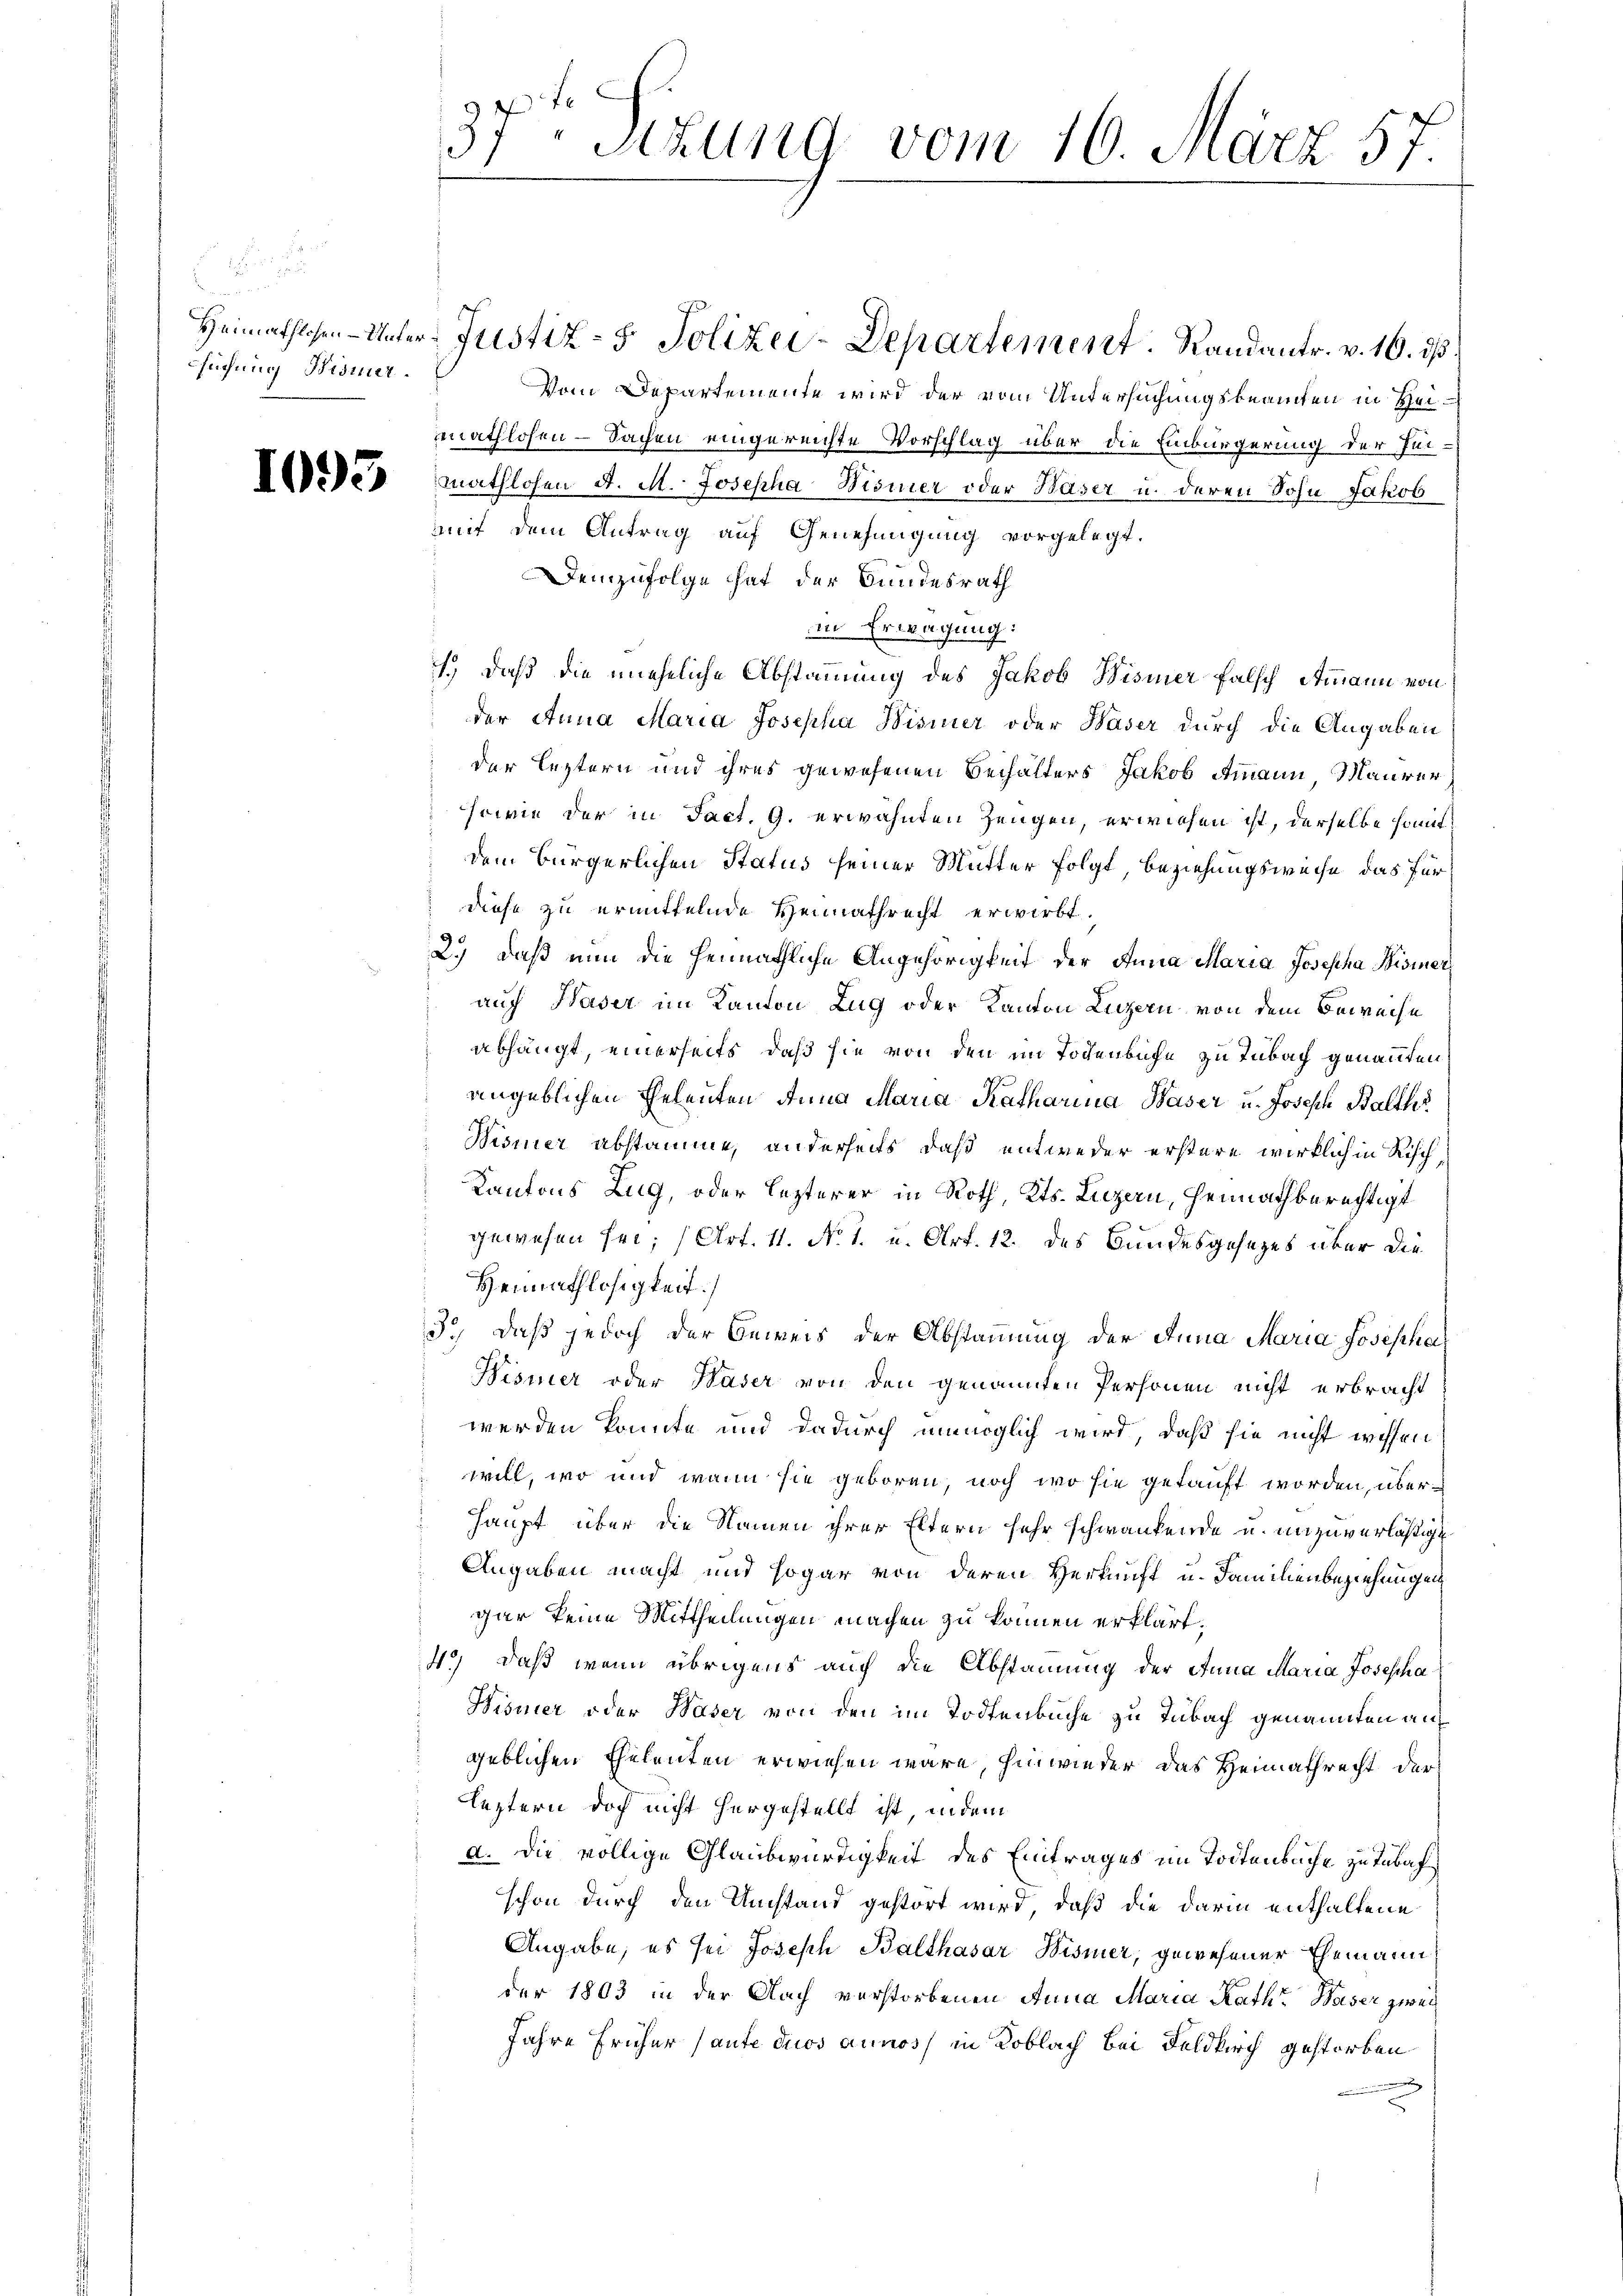
fügung Bismer.

1095

37ten Sizung vom 16. März 57.

Vom Departemente wird der vom Untersuchungsbeamten in Heimathlosen - Sachen eingereichte Vorschlag über die Einbürgerung der Futmathlohen A. M. Josepha Wismer oder Waser u. deren Sohn Jakob
mit dem Antrag auf Genehmigung vorgelegt.
Demzufolge hat der Bundesrath
in Erwägung:
1.) Daß die uneheliche Abstammung des Jakob Wismer falsch Ammann von
der Anna Maria Josepha Wismer oder Waser durch die Angaben
der leztern und ihres gewesenen Beihalters Jakob Ammann, Maurer
sowie der in Fact. 9. erwähnten Zeugen, erwiesen ist, derselbe somit
dem Bürgerlichen Status seiner Mutter folgt, Beziehungsweise, das für
diese zu ermittelnde Heimathrecht erwirbt.
2.) daß nun die heimathliche Angehörigkeit der Anna Maria Josepha Bismer
auf Haser im Kanton Zug oder Kanton Luzern von dem Beweise
abhängt, einerseits, daß sie von den im Todenbuche zu Tabach genannten
angeblichen Eheleuten Anna Maria Katharina Waser u. Joseph Balth
Bisiner abstamme, anderseits, daß entweder erstere wirklich in Risch¬
Kantons Zug, oder lezterer in Roth, Kts. Luzern, Heimathberechtigt
gewesen sei; (Art. 11. No. 1. u. Art. 12. des Bundesgesezes über die
Heimathlosigkeit]
3.) Daß jedoch der Beweis der Abstammung der Anna Maria Josepha
Wismer oder Hader von den genannten Personen nicht erbracht
werden könnte und dadurch unmöglich wird, daß sie nicht wissen
will, wo und wann sie geboren, noch wo sie getauft worden, über¬
Haupt über die Namen ihrer Eltern sehr schwankende u. unzuverläßigt
Angaben macht und sogar von deren Herkunft u. Familienbeziehungen
gar keine Mittheilungen machen zu können erklärt,
4.) Daß wenn übrigens auch die Abstammung der Anna Maria Josepha
Wisnier oder Waser von den im Todtenbuche zu Tabach genannten auf
geblichen Eheleuten erwiesen wäre, hinwieder das Heimathrecht der
leztern doch nicht hergestellt ist, in dem
a. Die völlige Glaubwürdigkeit des Eintrages im Todtenbache zu Tubafschon durch den Umstand gestört wird, daß die darin enthaltene
Angabe, es sei Joseph Balthasar Wismer, gewesener Ehemann
der 1803 in der Nach verstorbenen Anna Maria Rath Waser zwei
Jahre früher laute duos annos, in Koblach bei Feldkirch gestorben

Heimathlosen-Unter-Justiz- & Polizei-Departement. Randantr. v. 10. ds.